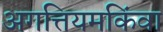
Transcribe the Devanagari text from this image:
अगत्तियमकिंवा